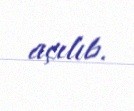
açılıb.